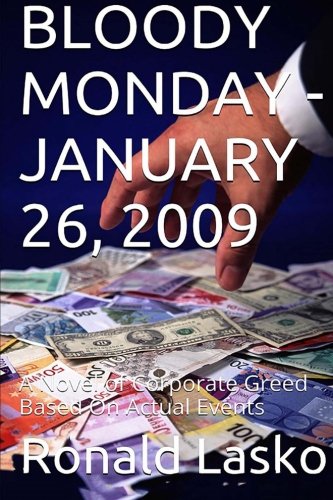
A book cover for BLOODY MONDAY-JANUARY 26, 2009: A Novel of Corporate Greed Based On Actual Events; Ronald F Lasko; Mystery, Thriller & Suspense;